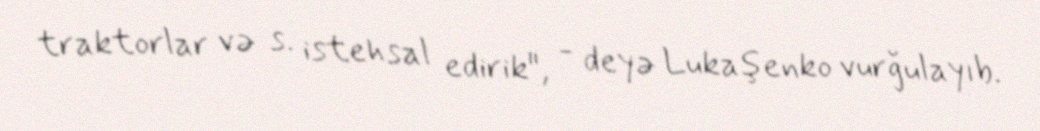
traktorlar və s. istehsal edirik", - deyə Lukaşenko vurğulayıb.